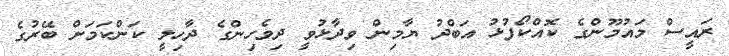
ރައީސް މައުމޫންގެ ކޮއްކޯފުޅު އަބްދު ޔާމިން ވިދާޅުވީ ދިވެހިންގެ ދާހިލީ ކަންކަމަށް ބޭރުގެ